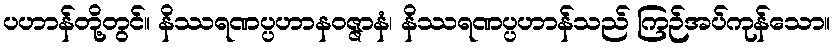
ပဟာန်တို့တွင်။ နိဿရဏပ္ပဟာနဝဇ္ဇာနံ၊ နိဿရဏပ္ပဟာန်သည် ကြဉ်အပ်ကုန်သော။